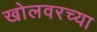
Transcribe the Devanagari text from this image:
खोलवरच्या